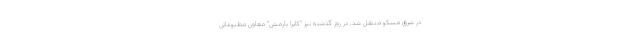
در شرق مسکو منتقل شد. در روز گذشته نیز "کایرا یارمش" معاون مطبوعاتی